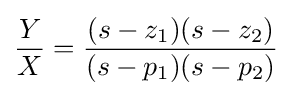
{\frac {Y}{X}}={\frac {(s-z_{1})(s-z_{2})}{(s-p_{1})(s-p_{2})}}